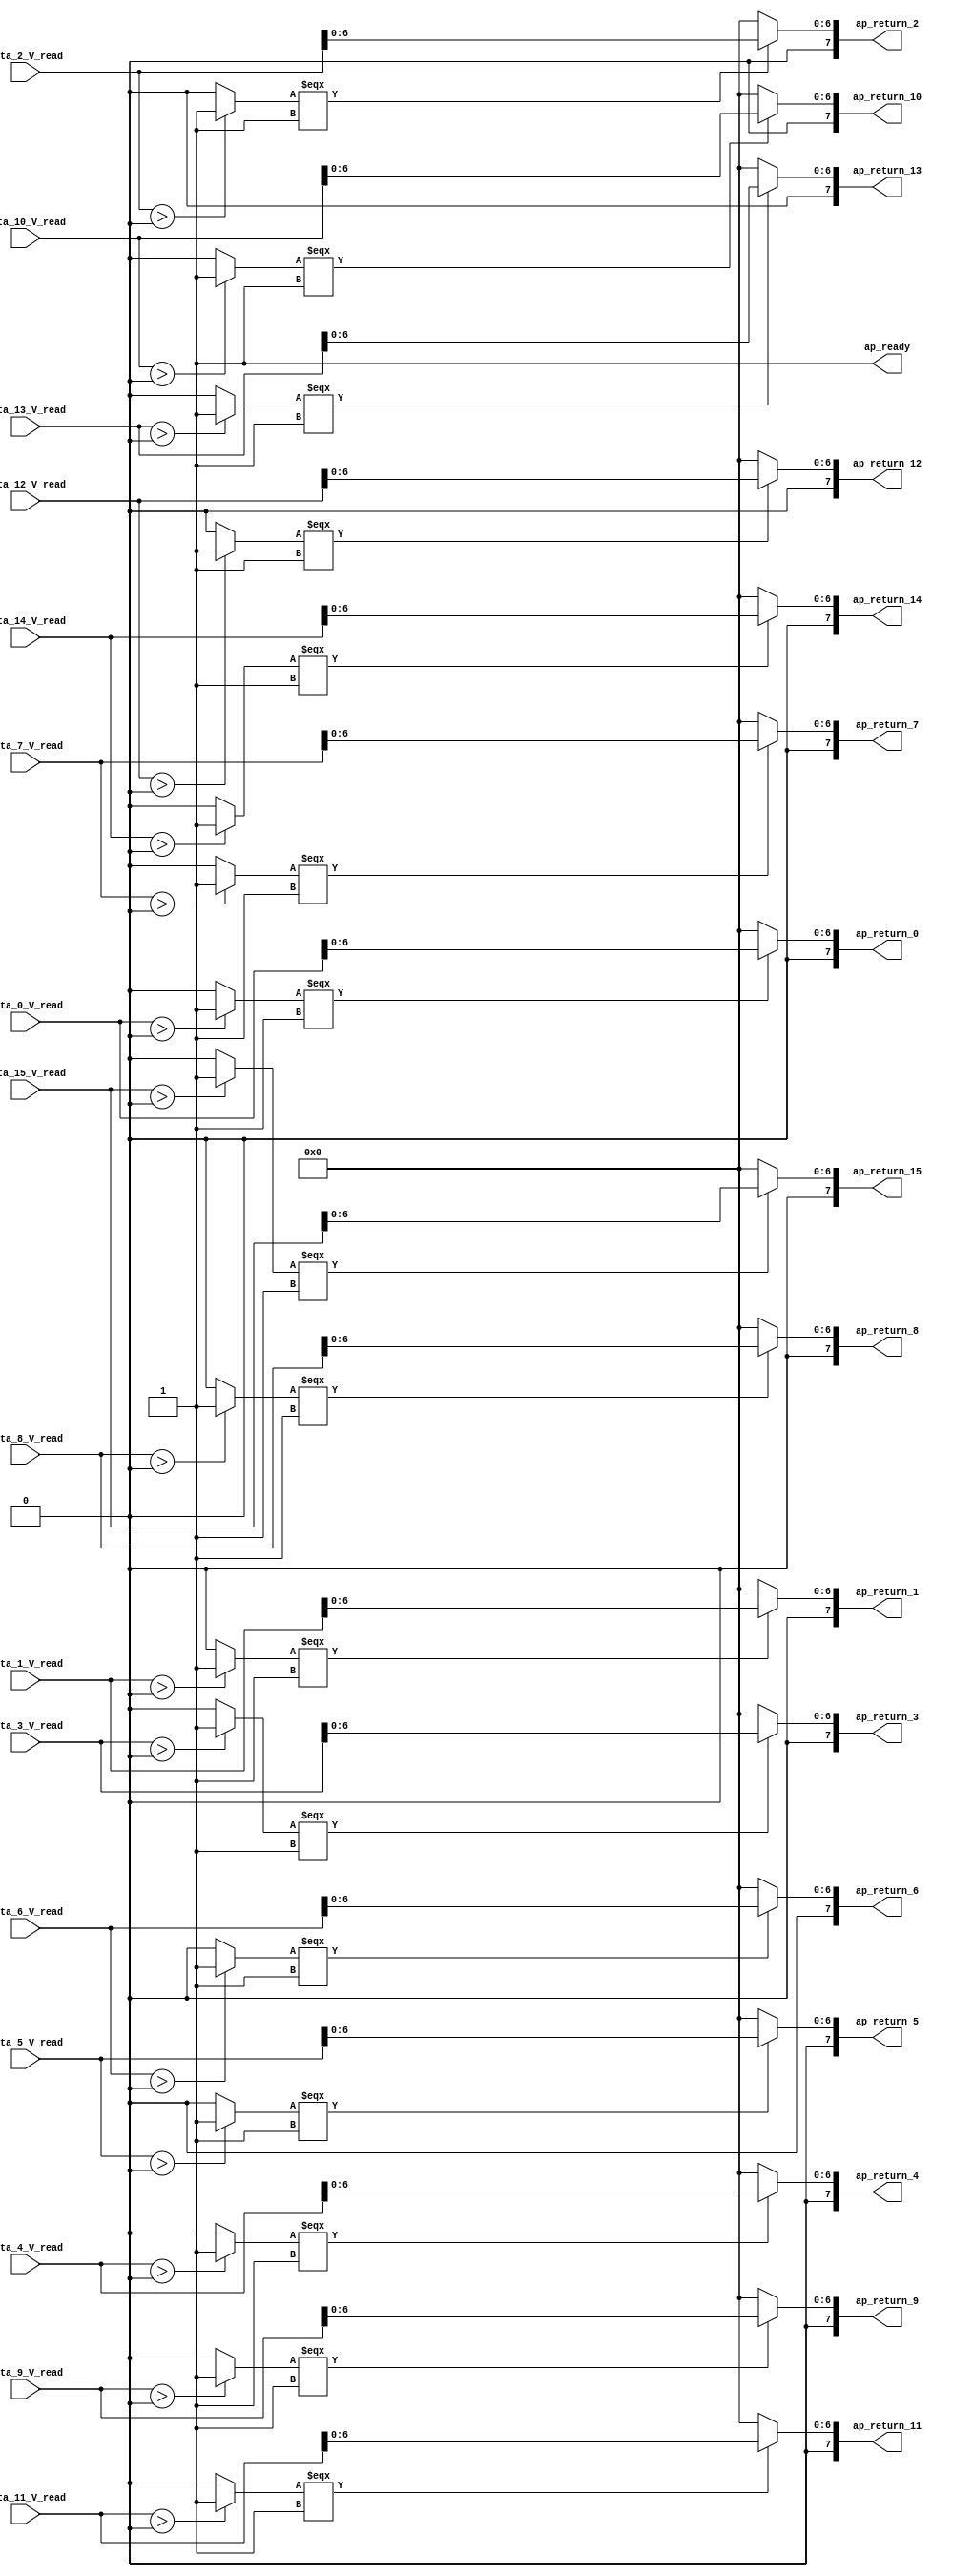
module relu (
        ap_ready,
        data_0_V_read,
        data_1_V_read,
        data_2_V_read,
        data_3_V_read,
        data_4_V_read,
        data_5_V_read,
        data_6_V_read,
        data_7_V_read,
        data_8_V_read,
        data_9_V_read,
        data_10_V_read,
        data_11_V_read,
        data_12_V_read,
        data_13_V_read,
        data_14_V_read,
        data_15_V_read,
        ap_return_0,
        ap_return_1,
        ap_return_2,
        ap_return_3,
        ap_return_4,
        ap_return_5,
        ap_return_6,
        ap_return_7,
        ap_return_8,
        ap_return_9,
        ap_return_10,
        ap_return_11,
        ap_return_12,
        ap_return_13,
        ap_return_14,
        ap_return_15
);


output   ap_ready;
input  [7:0] data_0_V_read;
input  [7:0] data_1_V_read;
input  [7:0] data_2_V_read;
input  [7:0] data_3_V_read;
input  [7:0] data_4_V_read;
input  [7:0] data_5_V_read;
input  [7:0] data_6_V_read;
input  [7:0] data_7_V_read;
input  [7:0] data_8_V_read;
input  [7:0] data_9_V_read;
input  [7:0] data_10_V_read;
input  [7:0] data_11_V_read;
input  [7:0] data_12_V_read;
input  [7:0] data_13_V_read;
input  [7:0] data_14_V_read;
input  [7:0] data_15_V_read;
output  [7:0] ap_return_0;
output  [7:0] ap_return_1;
output  [7:0] ap_return_2;
output  [7:0] ap_return_3;
output  [7:0] ap_return_4;
output  [7:0] ap_return_5;
output  [7:0] ap_return_6;
output  [7:0] ap_return_7;
output  [7:0] ap_return_8;
output  [7:0] ap_return_9;
output  [7:0] ap_return_10;
output  [7:0] ap_return_11;
output  [7:0] ap_return_12;
output  [7:0] ap_return_13;
output  [7:0] ap_return_14;
output  [7:0] ap_return_15;

wire   [0:0] tmp_38_fu_152_p2;
wire   [6:0] tmp_117_fu_158_p1;
wire   [6:0] res_0_V_write_assig_fu_162_p3;
wire   [0:0] tmp_38_1_fu_174_p2;
wire   [6:0] tmp_118_fu_180_p1;
wire   [6:0] res_1_V_write_assig_fu_184_p3;
wire   [0:0] tmp_38_2_fu_196_p2;
wire   [6:0] tmp_119_fu_202_p1;
wire   [6:0] res_2_V_write_assig_fu_206_p3;
wire   [0:0] tmp_38_3_fu_218_p2;
wire   [6:0] tmp_120_fu_224_p1;
wire   [6:0] res_3_V_write_assig_fu_228_p3;
wire   [0:0] tmp_38_4_fu_240_p2;
wire   [6:0] tmp_121_fu_246_p1;
wire   [6:0] res_4_V_write_assig_fu_250_p3;
wire   [0:0] tmp_38_5_fu_262_p2;
wire   [6:0] tmp_122_fu_268_p1;
wire   [6:0] res_5_V_write_assig_fu_272_p3;
wire   [0:0] tmp_38_6_fu_284_p2;
wire   [6:0] tmp_123_fu_290_p1;
wire   [6:0] res_6_V_write_assig_fu_294_p3;
wire   [0:0] tmp_38_7_fu_306_p2;
wire   [6:0] tmp_124_fu_312_p1;
wire   [6:0] res_7_V_write_assig_fu_316_p3;
wire   [0:0] tmp_38_8_fu_328_p2;
wire   [6:0] tmp_125_fu_334_p1;
wire   [6:0] res_8_V_write_assig_fu_338_p3;
wire   [0:0] tmp_38_9_fu_350_p2;
wire   [6:0] tmp_126_fu_356_p1;
wire   [6:0] res_9_V_write_assig_fu_360_p3;
wire   [0:0] tmp_38_s_fu_372_p2;
wire   [6:0] tmp_127_fu_378_p1;
wire   [6:0] res_10_V_write_assi_fu_382_p3;
wire   [0:0] tmp_38_10_fu_394_p2;
wire   [6:0] tmp_128_fu_400_p1;
wire   [6:0] res_11_V_write_assi_fu_404_p3;
wire   [0:0] tmp_38_11_fu_416_p2;
wire   [6:0] tmp_129_fu_422_p1;
wire   [6:0] res_12_V_write_assi_fu_426_p3;
wire   [0:0] tmp_38_12_fu_438_p2;
wire   [6:0] tmp_130_fu_444_p1;
wire   [6:0] res_13_V_write_assi_fu_448_p3;
wire   [0:0] tmp_38_13_fu_460_p2;
wire   [6:0] tmp_131_fu_466_p1;
wire   [6:0] res_14_V_write_assi_fu_470_p3;
wire   [0:0] tmp_38_14_fu_482_p2;
wire   [6:0] tmp_132_fu_488_p1;
wire   [6:0] res_15_V_write_assi_fu_492_p3;
wire   [7:0] res_0_V_write_assig_1_fu_170_p1;
wire   [7:0] res_1_V_write_assig_1_fu_192_p1;
wire   [7:0] res_2_V_write_assig_1_fu_214_p1;
wire   [7:0] res_3_V_write_assig_1_fu_236_p1;
wire   [7:0] res_4_V_write_assig_1_fu_258_p1;
wire   [7:0] res_5_V_write_assig_1_fu_280_p1;
wire   [7:0] res_6_V_write_assig_1_fu_302_p1;
wire   [7:0] res_7_V_write_assig_1_fu_324_p1;
wire   [7:0] res_8_V_write_assig_1_fu_346_p1;
wire   [7:0] res_9_V_write_assig_1_fu_368_p1;
wire   [7:0] res_10_V_write_assi_1_fu_390_p1;
wire   [7:0] res_11_V_write_assi_1_fu_412_p1;
wire   [7:0] res_12_V_write_assi_1_fu_434_p1;
wire   [7:0] res_13_V_write_assi_1_fu_456_p1;
wire   [7:0] res_14_V_write_assi_1_fu_478_p1;
wire   [7:0] res_15_V_write_assi_1_fu_500_p1;

assign ap_ready = 1'b1;

assign ap_return_0 = res_0_V_write_assig_1_fu_170_p1;

assign ap_return_1 = res_1_V_write_assig_1_fu_192_p1;

assign ap_return_10 = res_10_V_write_assi_1_fu_390_p1;

assign ap_return_11 = res_11_V_write_assi_1_fu_412_p1;

assign ap_return_12 = res_12_V_write_assi_1_fu_434_p1;

assign ap_return_13 = res_13_V_write_assi_1_fu_456_p1;

assign ap_return_14 = res_14_V_write_assi_1_fu_478_p1;

assign ap_return_15 = res_15_V_write_assi_1_fu_500_p1;

assign ap_return_2 = res_2_V_write_assig_1_fu_214_p1;

assign ap_return_3 = res_3_V_write_assig_1_fu_236_p1;

assign ap_return_4 = res_4_V_write_assig_1_fu_258_p1;

assign ap_return_5 = res_5_V_write_assig_1_fu_280_p1;

assign ap_return_6 = res_6_V_write_assig_1_fu_302_p1;

assign ap_return_7 = res_7_V_write_assig_1_fu_324_p1;

assign ap_return_8 = res_8_V_write_assig_1_fu_346_p1;

assign ap_return_9 = res_9_V_write_assig_1_fu_368_p1;

assign res_0_V_write_assig_1_fu_170_p1 = res_0_V_write_assig_fu_162_p3;

assign res_0_V_write_assig_fu_162_p3 = ((tmp_38_fu_152_p2[0:0] === 1'b1) ? tmp_117_fu_158_p1 : 7'd0);

assign res_10_V_write_assi_1_fu_390_p1 = res_10_V_write_assi_fu_382_p3;

assign res_10_V_write_assi_fu_382_p3 = ((tmp_38_s_fu_372_p2[0:0] === 1'b1) ? tmp_127_fu_378_p1 : 7'd0);

assign res_11_V_write_assi_1_fu_412_p1 = res_11_V_write_assi_fu_404_p3;

assign res_11_V_write_assi_fu_404_p3 = ((tmp_38_10_fu_394_p2[0:0] === 1'b1) ? tmp_128_fu_400_p1 : 7'd0);

assign res_12_V_write_assi_1_fu_434_p1 = res_12_V_write_assi_fu_426_p3;

assign res_12_V_write_assi_fu_426_p3 = ((tmp_38_11_fu_416_p2[0:0] === 1'b1) ? tmp_129_fu_422_p1 : 7'd0);

assign res_13_V_write_assi_1_fu_456_p1 = res_13_V_write_assi_fu_448_p3;

assign res_13_V_write_assi_fu_448_p3 = ((tmp_38_12_fu_438_p2[0:0] === 1'b1) ? tmp_130_fu_444_p1 : 7'd0);

assign res_14_V_write_assi_1_fu_478_p1 = res_14_V_write_assi_fu_470_p3;

assign res_14_V_write_assi_fu_470_p3 = ((tmp_38_13_fu_460_p2[0:0] === 1'b1) ? tmp_131_fu_466_p1 : 7'd0);

assign res_15_V_write_assi_1_fu_500_p1 = res_15_V_write_assi_fu_492_p3;

assign res_15_V_write_assi_fu_492_p3 = ((tmp_38_14_fu_482_p2[0:0] === 1'b1) ? tmp_132_fu_488_p1 : 7'd0);

assign res_1_V_write_assig_1_fu_192_p1 = res_1_V_write_assig_fu_184_p3;

assign res_1_V_write_assig_fu_184_p3 = ((tmp_38_1_fu_174_p2[0:0] === 1'b1) ? tmp_118_fu_180_p1 : 7'd0);

assign res_2_V_write_assig_1_fu_214_p1 = res_2_V_write_assig_fu_206_p3;

assign res_2_V_write_assig_fu_206_p3 = ((tmp_38_2_fu_196_p2[0:0] === 1'b1) ? tmp_119_fu_202_p1 : 7'd0);

assign res_3_V_write_assig_1_fu_236_p1 = res_3_V_write_assig_fu_228_p3;

assign res_3_V_write_assig_fu_228_p3 = ((tmp_38_3_fu_218_p2[0:0] === 1'b1) ? tmp_120_fu_224_p1 : 7'd0);

assign res_4_V_write_assig_1_fu_258_p1 = res_4_V_write_assig_fu_250_p3;

assign res_4_V_write_assig_fu_250_p3 = ((tmp_38_4_fu_240_p2[0:0] === 1'b1) ? tmp_121_fu_246_p1 : 7'd0);

assign res_5_V_write_assig_1_fu_280_p1 = res_5_V_write_assig_fu_272_p3;

assign res_5_V_write_assig_fu_272_p3 = ((tmp_38_5_fu_262_p2[0:0] === 1'b1) ? tmp_122_fu_268_p1 : 7'd0);

assign res_6_V_write_assig_1_fu_302_p1 = res_6_V_write_assig_fu_294_p3;

assign res_6_V_write_assig_fu_294_p3 = ((tmp_38_6_fu_284_p2[0:0] === 1'b1) ? tmp_123_fu_290_p1 : 7'd0);

assign res_7_V_write_assig_1_fu_324_p1 = res_7_V_write_assig_fu_316_p3;

assign res_7_V_write_assig_fu_316_p3 = ((tmp_38_7_fu_306_p2[0:0] === 1'b1) ? tmp_124_fu_312_p1 : 7'd0);

assign res_8_V_write_assig_1_fu_346_p1 = res_8_V_write_assig_fu_338_p3;

assign res_8_V_write_assig_fu_338_p3 = ((tmp_38_8_fu_328_p2[0:0] === 1'b1) ? tmp_125_fu_334_p1 : 7'd0);

assign res_9_V_write_assig_1_fu_368_p1 = res_9_V_write_assig_fu_360_p3;

assign res_9_V_write_assig_fu_360_p3 = ((tmp_38_9_fu_350_p2[0:0] === 1'b1) ? tmp_126_fu_356_p1 : 7'd0);

assign tmp_117_fu_158_p1 = data_0_V_read[6:0];

assign tmp_118_fu_180_p1 = data_1_V_read[6:0];

assign tmp_119_fu_202_p1 = data_2_V_read[6:0];

assign tmp_120_fu_224_p1 = data_3_V_read[6:0];

assign tmp_121_fu_246_p1 = data_4_V_read[6:0];

assign tmp_122_fu_268_p1 = data_5_V_read[6:0];

assign tmp_123_fu_290_p1 = data_6_V_read[6:0];

assign tmp_124_fu_312_p1 = data_7_V_read[6:0];

assign tmp_125_fu_334_p1 = data_8_V_read[6:0];

assign tmp_126_fu_356_p1 = data_9_V_read[6:0];

assign tmp_127_fu_378_p1 = data_10_V_read[6:0];

assign tmp_128_fu_400_p1 = data_11_V_read[6:0];

assign tmp_129_fu_422_p1 = data_12_V_read[6:0];

assign tmp_130_fu_444_p1 = data_13_V_read[6:0];

assign tmp_131_fu_466_p1 = data_14_V_read[6:0];

assign tmp_132_fu_488_p1 = data_15_V_read[6:0];

assign tmp_38_10_fu_394_p2 = (($signed(data_11_V_read) > $signed(8'd0)) ? 1'b1 : 1'b0);

assign tmp_38_11_fu_416_p2 = (($signed(data_12_V_read) > $signed(8'd0)) ? 1'b1 : 1'b0);

assign tmp_38_12_fu_438_p2 = (($signed(data_13_V_read) > $signed(8'd0)) ? 1'b1 : 1'b0);

assign tmp_38_13_fu_460_p2 = (($signed(data_14_V_read) > $signed(8'd0)) ? 1'b1 : 1'b0);

assign tmp_38_14_fu_482_p2 = (($signed(data_15_V_read) > $signed(8'd0)) ? 1'b1 : 1'b0);

assign tmp_38_1_fu_174_p2 = (($signed(data_1_V_read) > $signed(8'd0)) ? 1'b1 : 1'b0);

assign tmp_38_2_fu_196_p2 = (($signed(data_2_V_read) > $signed(8'd0)) ? 1'b1 : 1'b0);

assign tmp_38_3_fu_218_p2 = (($signed(data_3_V_read) > $signed(8'd0)) ? 1'b1 : 1'b0);

assign tmp_38_4_fu_240_p2 = (($signed(data_4_V_read) > $signed(8'd0)) ? 1'b1 : 1'b0);

assign tmp_38_5_fu_262_p2 = (($signed(data_5_V_read) > $signed(8'd0)) ? 1'b1 : 1'b0);

assign tmp_38_6_fu_284_p2 = (($signed(data_6_V_read) > $signed(8'd0)) ? 1'b1 : 1'b0);

assign tmp_38_7_fu_306_p2 = (($signed(data_7_V_read) > $signed(8'd0)) ? 1'b1 : 1'b0);

assign tmp_38_8_fu_328_p2 = (($signed(data_8_V_read) > $signed(8'd0)) ? 1'b1 : 1'b0);

assign tmp_38_9_fu_350_p2 = (($signed(data_9_V_read) > $signed(8'd0)) ? 1'b1 : 1'b0);

assign tmp_38_fu_152_p2 = (($signed(data_0_V_read) > $signed(8'd0)) ? 1'b1 : 1'b0);

assign tmp_38_s_fu_372_p2 = (($signed(data_10_V_read) > $signed(8'd0)) ? 1'b1 : 1'b0);

endmodule